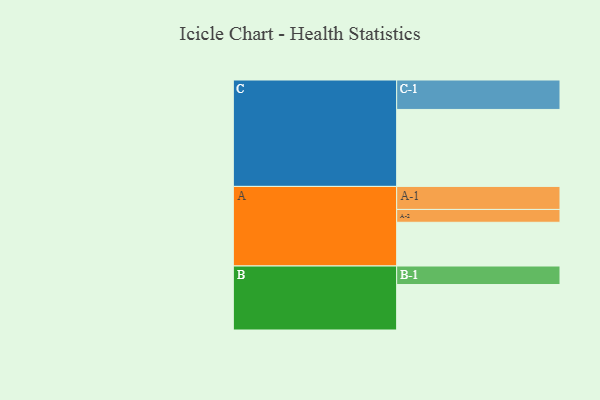
{"axis": {"x": "Segment", "y": "Value"}, "legend": ["", "A", "B", "C"], "data": [{"x": "A", "y": 300, "type": ""}, {"x": "B", "y": 312, "type": ""}, {"x": "C", "y": 528, "type": ""}, {"x": "A-1", "y": 158, "type": "A"}, {"x": "A-2", "y": 88, "type": "A"}, {"x": "B-1", "y": 127, "type": "B"}, {"x": "C-1", "y": 202, "type": "C"}]}